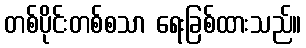
တစ်ပိုင်းတစ်စသာ ရေးခြစ်ထားသည်။